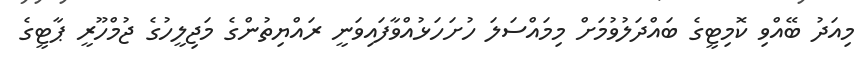
މިއަދު ބޭއްވި ކޮމިޓީގެ ބައްދަލުވުމަށް މިމައްސަލަ ހުށަހަޅުއްވާފައިވަނީ ރައްޔިތުންގެ މަޖިލީހުގެ ޖުމްހޫރީ ޕާޓީގެ